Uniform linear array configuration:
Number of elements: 16
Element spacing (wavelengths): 0.25
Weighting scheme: blackman
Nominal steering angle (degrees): -60
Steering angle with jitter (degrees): -60.048
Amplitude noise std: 0.05
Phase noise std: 0.05

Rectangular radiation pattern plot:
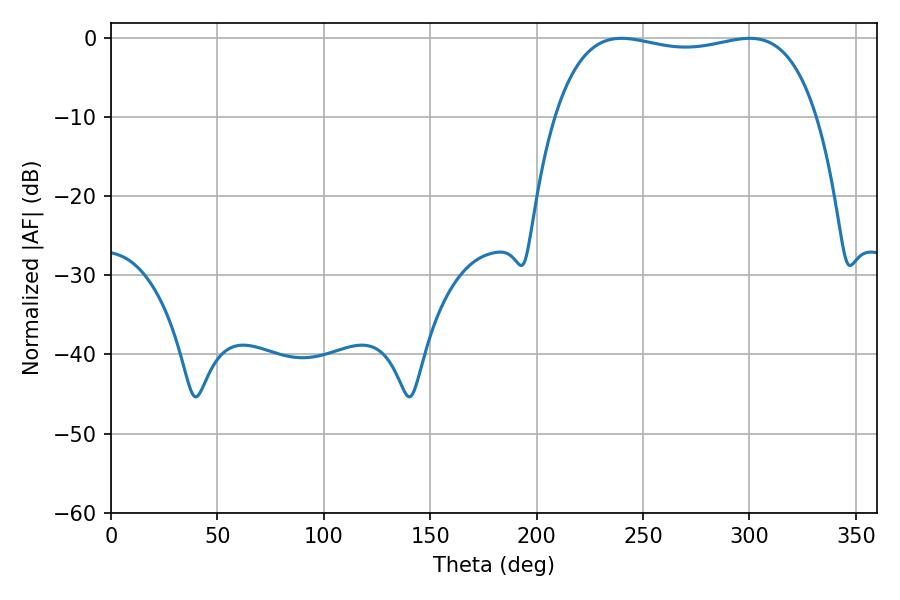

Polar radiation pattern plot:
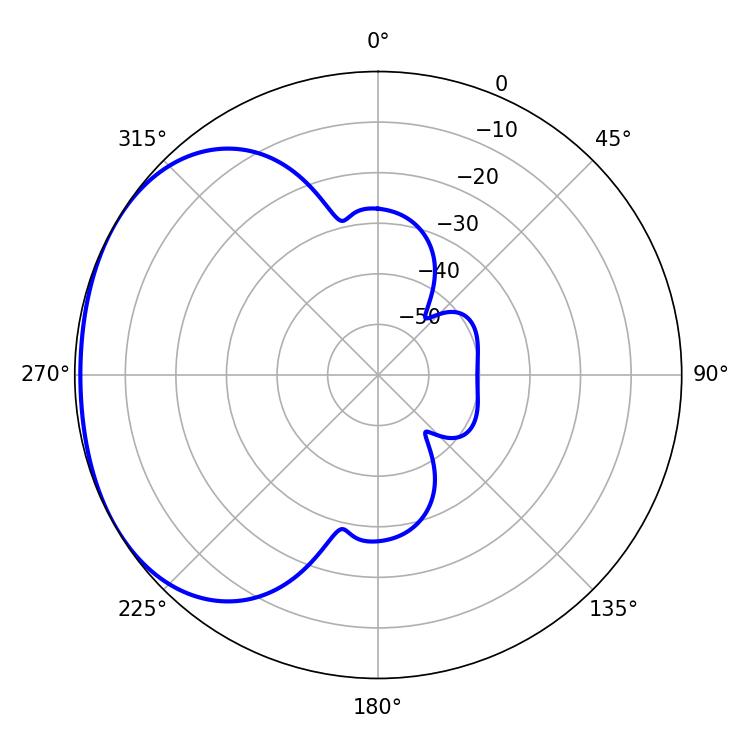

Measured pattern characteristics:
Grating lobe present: FALSE
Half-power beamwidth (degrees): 99.36
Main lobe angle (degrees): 239.94